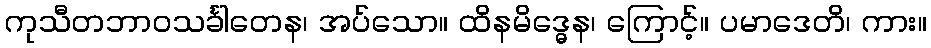
ကုသီတဘာဝသင်္ခါတေန၊ အပ်သော။ ထိနမိဒ္ဓေန၊ ကြောင့်။ ပမာဒေတိ၊ ကား။